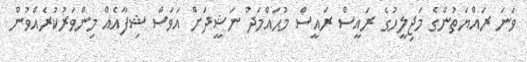
ވަނަ ރައްޔަތުންގެ މަޖިލީހުގެ ރައީސް ރައީސް މުޙައްމަދު ނަޝީދަށް އަވަސް ޝިފާއެއް މިންވަރުކުރެއްވުން